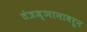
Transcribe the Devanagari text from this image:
तंत्रज्ञानावरून